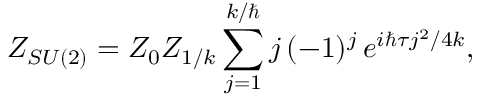
Z _ { S U ( 2 ) } = Z _ { 0 } Z _ { 1 / k } \sum _ { j = 1 } ^ { k / \hbar } j \, ( - 1 ) ^ { j } \, e ^ { i \hbar \tau j ^ { 2 } / 4 k } ,